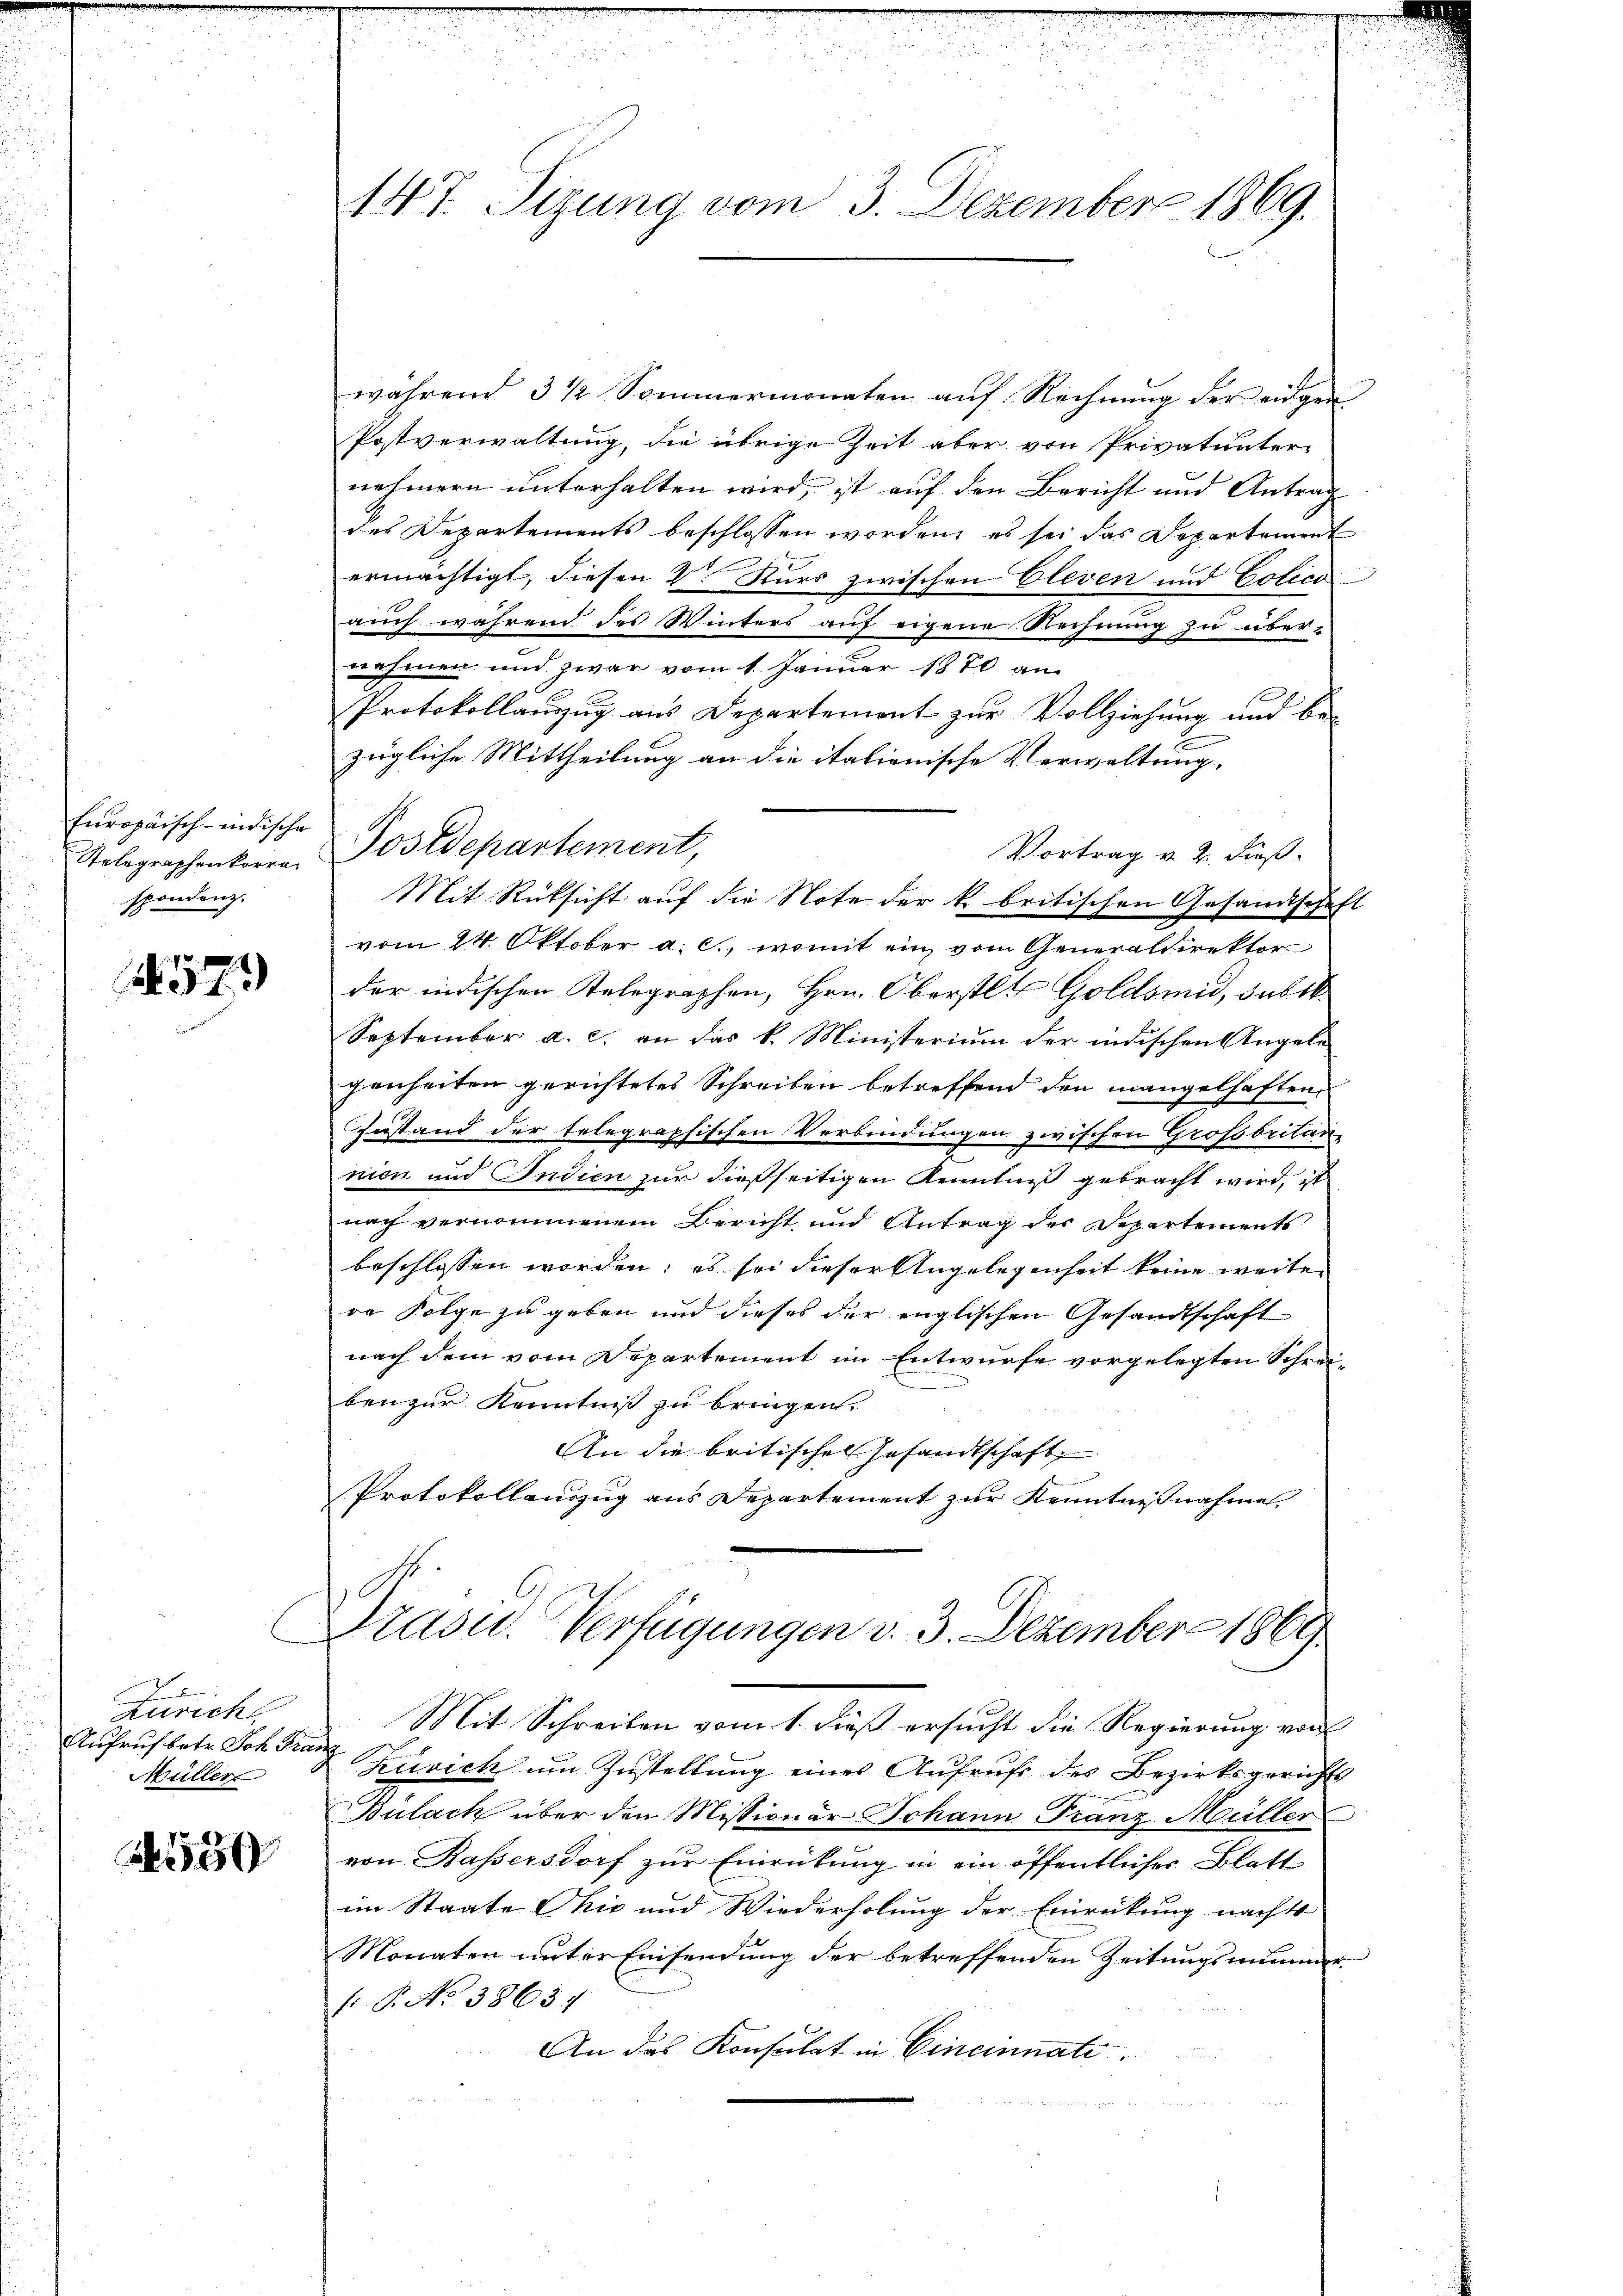
Europäisch-indische S
Selegraphenkorre
spondenz.

57

Zuricht.
Aufruf betr. Joh. Franz
Müller

550

147. Sizung vom 3. Dezember 1869.

während 3 1/2 Sommermonaten auf Rechnung der eingen
Postverwaltung, die übrige Zeit aber von Privatunter-
nehmern unterhalten wird, ist auf den Bericht und Antrag
des Departements beschlossen worden, es sei das Departement
2
u
ermächtigt, diesen Veren Kurs zwischen Cleven und Polico
auch während des Winters auf eigene Rechnung zu übernehmen und zwar vom 1. Januar 1870 an
Protokollauszug aus Departemont zur Vollziehung und be-
zügliche Mittheilung an die italienische Verwaltung.
Postdepartement,
Vortrag v. 2. dieß¬
Mit Rücksicht auf die Note der k. britischen Gesandtschaft
vom 24. Oktober a. c., womit ein vom Generaldirektor
der indischen Telegraphen, Hrn. Oberstl. Goldsmid, Bubik
September a. c. an das k. Ministerium der indischen Angele
genheiten gerichtetes Schreiben betreffend den mangelhaften,
Zustand der telegraphischen Verbindungen zwischen Großbritannien und Indien zur dießseitigen Kenntniß gebracht wird, ist
nach vernommenem Bericht und Antrag der Departements
beschlossen worden; es sei dieser Angelegenheit keine weite
re Folge zu geben und dieses der englischen Gesandtschaft
nach dem vom Departement im Entwurfe vorgelegten Schreiben zur Kenntniß zu bringen.
An die britischen Gesandtschaft
Protokollauszug aus Departement zur Kenntnissnahme

Präsid.. Verfügungen v. 3. Dezember 1869
Mit Schreiben vom 1. dieß ersucht die Regierung von

Zuvich um Zustellung eines Aufrufe des Bezirksgerichts
Bülach über den Missionär Johann Franz Müller
von Bassersdorf zur Einrückung in ein öffentliches Blatt
im Staate Chie und Wiederholung der Einrückung nacht
Monaten unter Einsendung der betreffenden Zeitungsmimmer
(: P. No 38637
An das Konsulat in Cincinnate.